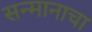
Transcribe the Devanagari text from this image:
सन्मानाचा